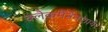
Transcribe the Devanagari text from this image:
क्लैकमैनेनशायर